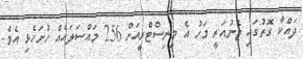
ދައްކާ ގޮތުގައި ޖެނުއަރީ މަހު އެ މިނިސްޓްރީއަށް 256 މައްސަލައެއް ހުށަހެޅި އެވެ.